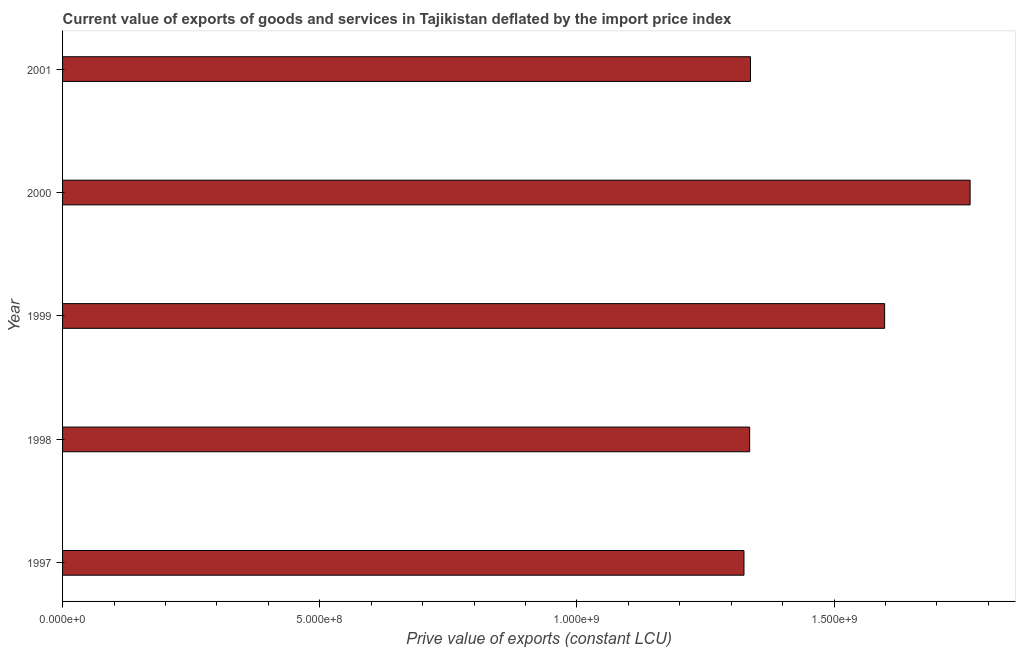
| Year | Exports as a capacity to import (constant LCU) |
 | --- | --- |
 | 1997 | 1.32e+09 |
 | 1998 | 1.34e+09 |
 | 1999 | 1.6e+09 |
 | 2000 | 1.76e+09 |
 | 2001 | 1.34e+09 |